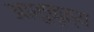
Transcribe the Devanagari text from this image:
आशुनृत्य